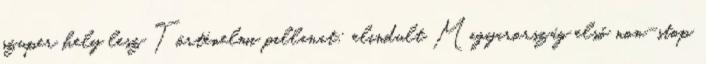
szuper hely lesz Történelmi pillanat: elindult Magyarország első non-stop